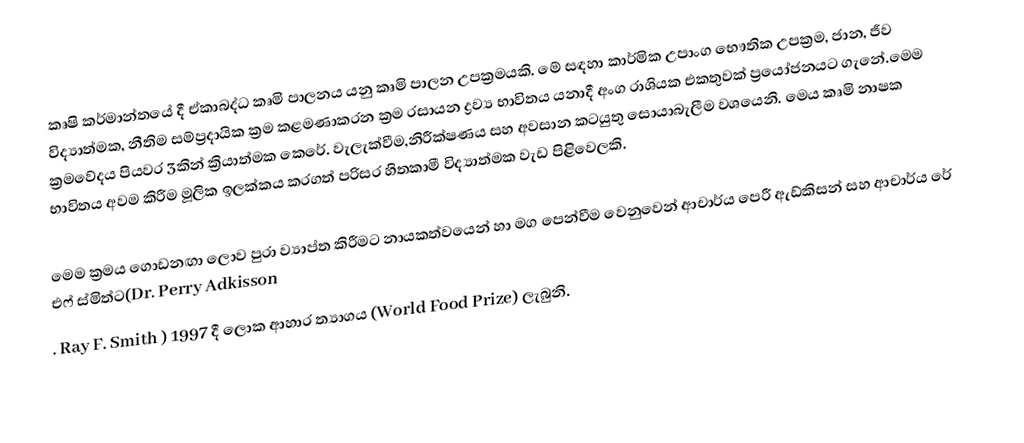
කෘෂි කර්මාන්තයේ දී ඒකාබද්ධ කෘමි පාලනය යනු කෘමි පාලන උපක්‍රමයකි. මේ සඳහා කාර්මික උපාංග භෞතික උපක්‍රම, ජාන, ජීව විද්‍යාත්මක, නීතිම සම්ප්‍රදායික ක්‍රම කළමණාකරන ක්‍රම රසායන ද්‍රව්‍ය භාවිතය යනාදී අංග රාශියක එකතුවක් ප්‍රයෝජනයට ගැනේ.මෙම ක්‍රමවේදය පියවර 3කින් ක්‍රියාත්මක කෙරේ. වැලැක්වීම,නිරීක්ෂණය සහ අවසාන කටයුතු සොයාබැලීම වශයෙනි. මෙය කෘමි නාෂක භාවිතය අවම කිරීම මූලික ඉලක්කය කරගත් පරිසර හිතකාමී විද්‍යාත්මක වැඩ පිළිවෙලකි.

මෙම ක්‍රමය ගොඩනඟා ලොව පුරා ව්‍යාප්ත කිරීමට නායකත්වයෙන් හා මග පෙන්වීම වෙනුවෙන් ආචාර්ය පෙරී ඇඩ්කිසන් සහ ආචාර්ය රේ එෆ් ස්මිත්ට(Dr. Perry Adkisson
. Ray F. Smith ) 1997 දී ලොක ආහාර ත්‍යාගය (World Food Prize) ලැබුනි.